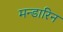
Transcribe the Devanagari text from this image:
मन्डारिन